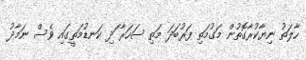
ހާލަތު ނިޔާކުރާގޮތުން މަގުމަތި ފަރުބަދަ މަތި ސަހަރާ ަދި ކަނޑުމަތީގައި ވެސް ނަމާދު